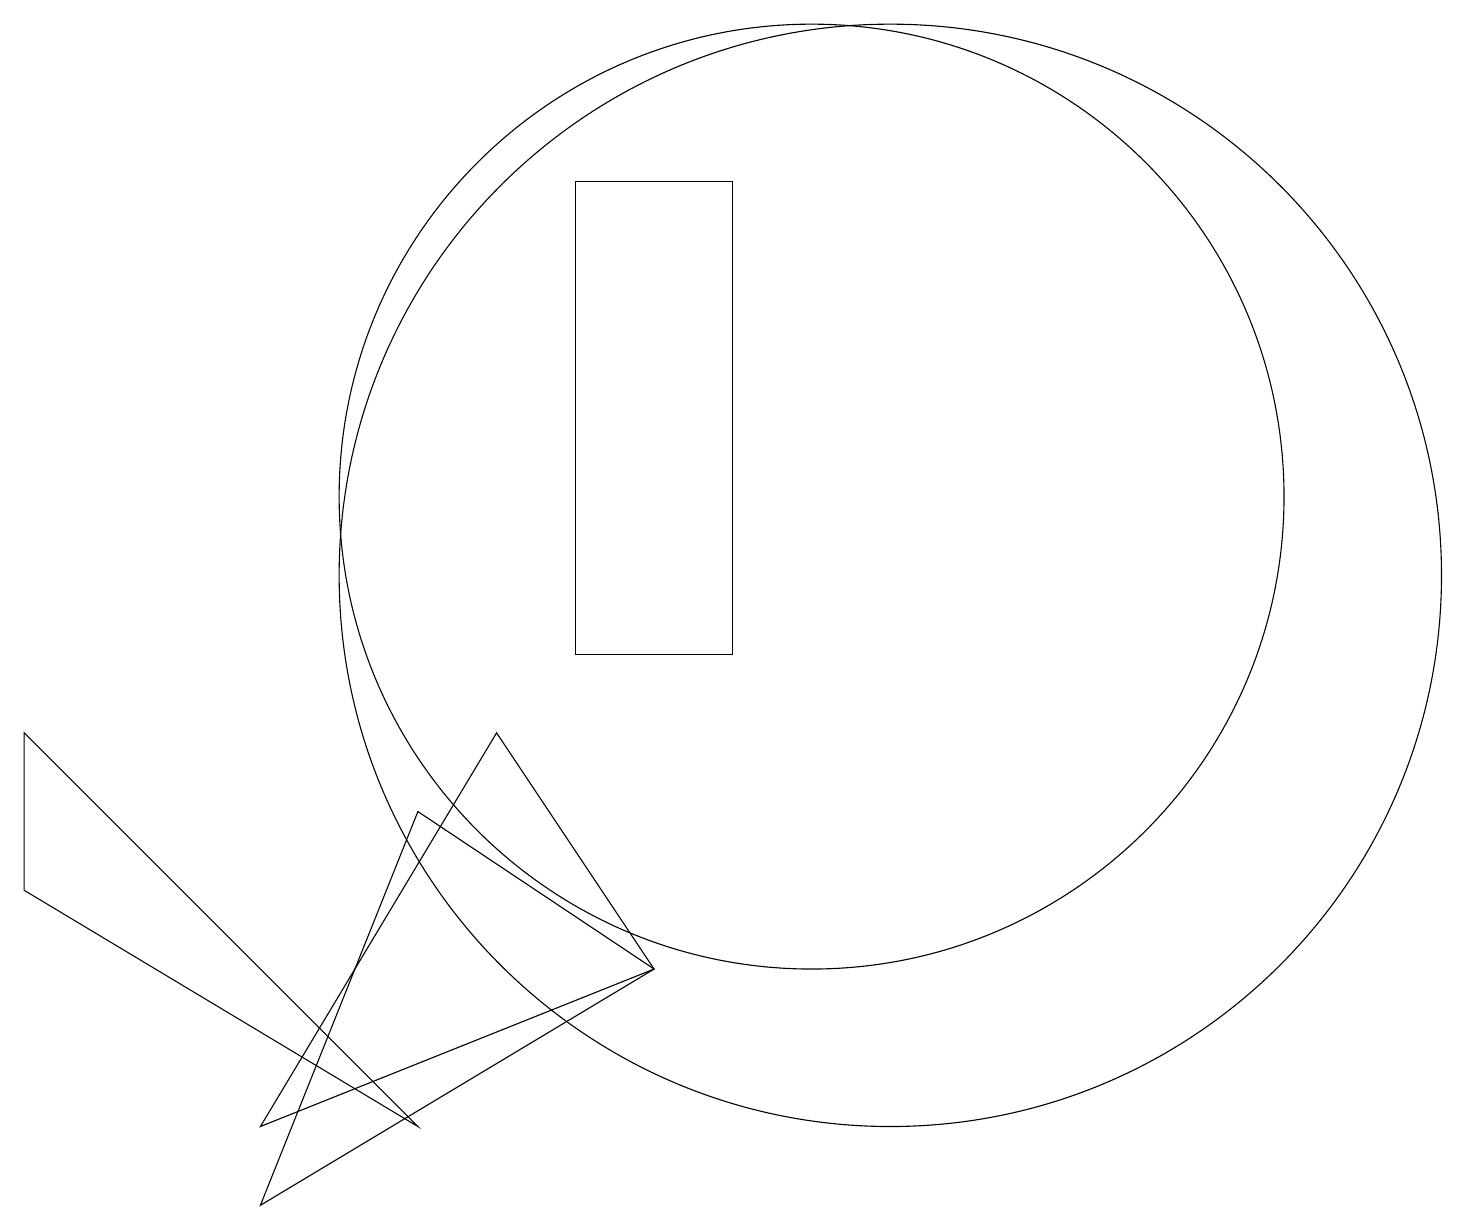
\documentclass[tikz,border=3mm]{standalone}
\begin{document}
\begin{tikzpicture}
\draw (0,9) -- (5,4) -- (0,7) -- cycle;
\draw (11,11) circle (7);
\draw (8,6) -- (3,3) -- (5,8) -- cycle;
\draw (9,10) rectangle (7,16);
\draw (8,6) -- (6,9) -- (3,4) -- cycle;
\draw (10,12) circle (6);
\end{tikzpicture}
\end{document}